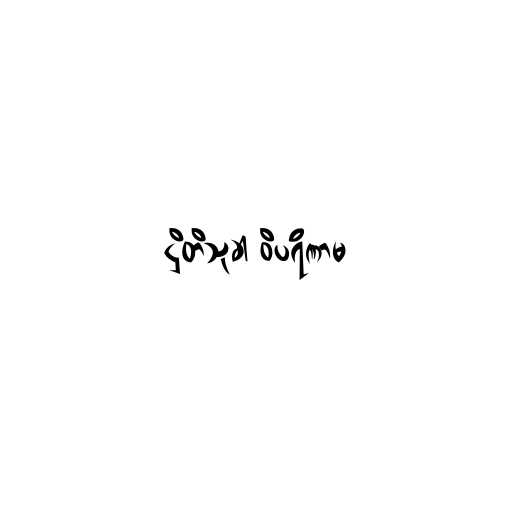
ဌိတိသုခါ ဝိပရိဏာမ